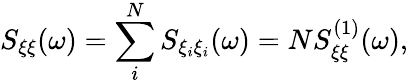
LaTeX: S_{\xi\xi}(\omega)=\sum_{i}^{N}S_{\xi_{i}\xi_{i}}(\omega)=NS_{\xi\xi}^{(1)}(\omega),